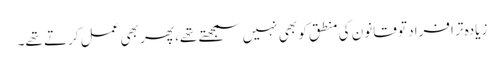
زیادہ تر افراد تو قانون کی منطق کو بھی نہیں سمجھتے تھے، پھر بھی عمل کرتے تھے۔